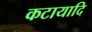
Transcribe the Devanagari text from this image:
कटायादि